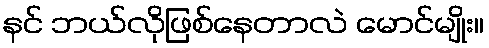
နင် ဘယ်လိုဖြစ်နေတာလဲ မောင်မျိုး။